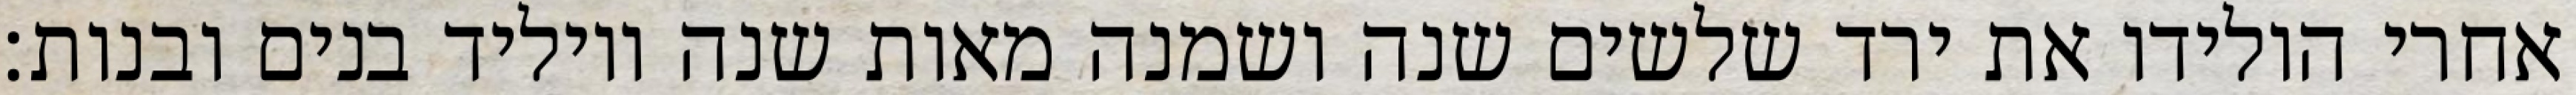
אחרי הולידו את ירד שלשים שנה ושמנה מאות שנה ויוליד בנים ובנות׃